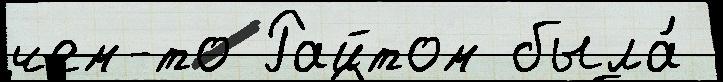
чем-то Райтом была́